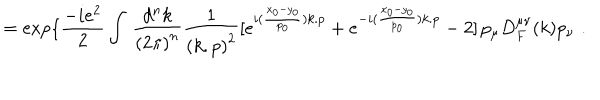
= \exp \{ \frac { - i e ^ { 2 } } { 2 } \int \, \frac { d ^ { n } k } { { ( 2 \pi ) } ^ { n } } \frac { 1 } { { ( k . p ) } ^ { 2 } } [ e ^ { i ( \frac { x _ { 0 } - y _ { 0 } } { p _ { 0 } } ) k . p } + e ^ { - i ( \frac { x _ { 0 } - y _ { 0 } } { p _ { 0 } } ) k . p } - 2 ] \, p _ { \mu } D _ { F } ^ { \mu \nu } ( k ) p _ { \nu } \, \, .